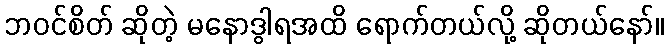
ဘဝင်စိတ် ဆိုတဲ့ မနောဒွါရအထိ ရောက်တယ်လို့ ဆိုတယ်နော်။